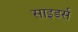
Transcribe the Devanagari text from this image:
साइडर्स